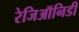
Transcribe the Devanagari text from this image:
रेजिऑनिडी